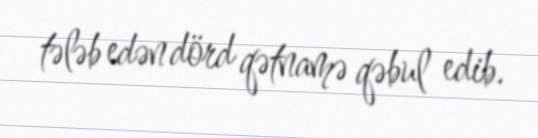
tələb edən dörd qətnamə qəbul edib.